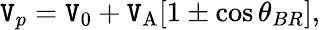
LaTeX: \mathtt{V}_{p}=\mathtt{V}_{0}+\mathtt{V}_{\mathrm{{A}}}[1\pm\cos{\theta_{BR}}],